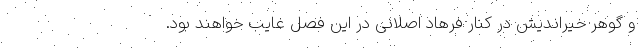
و گوهر خیراندیش در کنار فرهاد اصلانی در این فصل غایب خواهند بود.